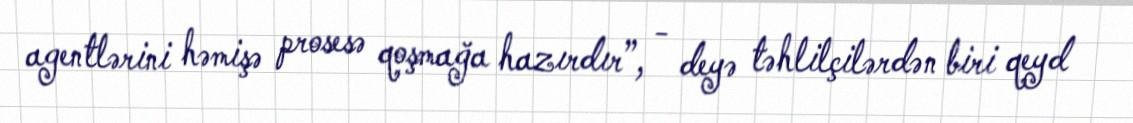
agentlərini həmişə prosesə qoşmağa hazırdır”, - deyə təhlilçilərdən biri qeyd